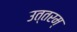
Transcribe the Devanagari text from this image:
उत्तरम्